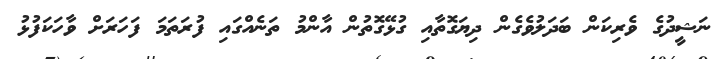
ނަޝީދުގެ ވެރިކަން ބަދަލުވެގެން ދިޔަގޮތާއި ގުޅޭގޮތުން އާންމު ތަނެއްގައި ފުރަތަމަ ފަހަރަށް ވާހަކަފުޅު